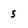
Character: 5